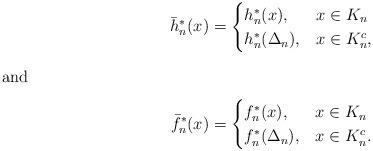
LaTeX: \begin{align*}\bar{h}_n^*(x) &= \begin{cases}h_n^*(x), & x\in K_n \\h_n^*(\Delta_n), & x\in K_n^c,\end{cases} \\\intertext{and}\bar{f}_n^*(x) &= \begin{cases}f_n^*(x), & x\in K_n \\f_n^*(\Delta_n), & x\in K_n^c.\end{cases}\end{align*}